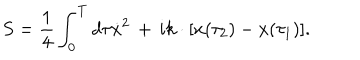
S = { \frac { 1 } { 4 } } \int _ { 0 } ^ { T } d \tau \dot { x } ^ { 2 } \, + \, i k \cdot [ x ( \tau _ { 2 } ) - x ( \tau _ { 1 } ) ] .